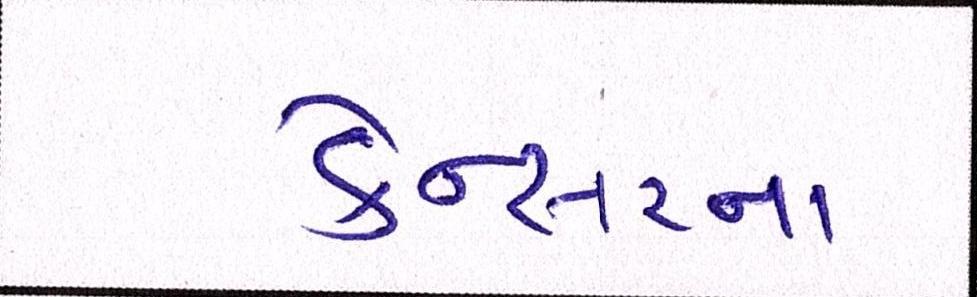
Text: કેન્સરના